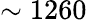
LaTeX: \sim 1260